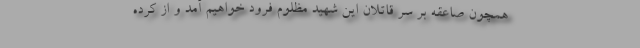
همچون صاعقه بر سر قاتلان این شهید مظلوم فرود خواهیم آمد و از کرده